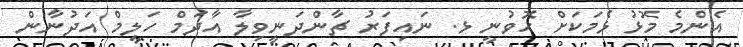
އެންމެ މޮޅު ޅެމަކަށް ހޮވުނީ ޅ. ނައިފަރު ޗާންދަނީވިލާ އާދަމް ހަލީމް އަދުނާން